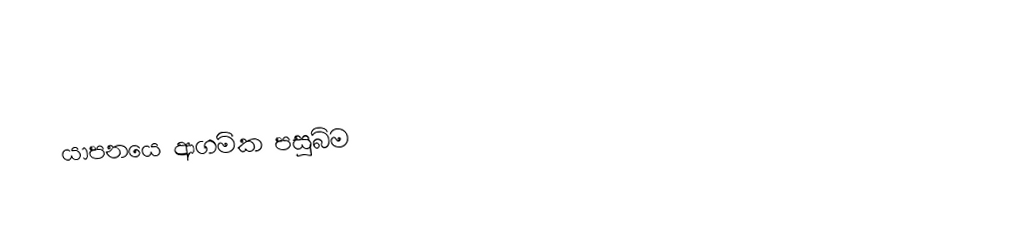
යාපනයෙ ආගමික පසුබිම